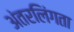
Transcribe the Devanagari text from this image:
अंतरलिंगता